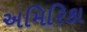
અમિરિકા